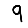
Digit: 9